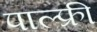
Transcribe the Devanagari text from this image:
पाल्फ्री